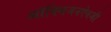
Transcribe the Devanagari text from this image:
ऑक्सिजनऐवजी